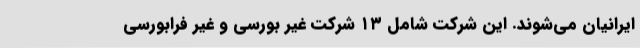
ایرانیان می‌شوند. این شرکت شامل ۱۳ شرکت غیر بورسی و غیر فرابورسی